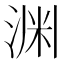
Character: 渊